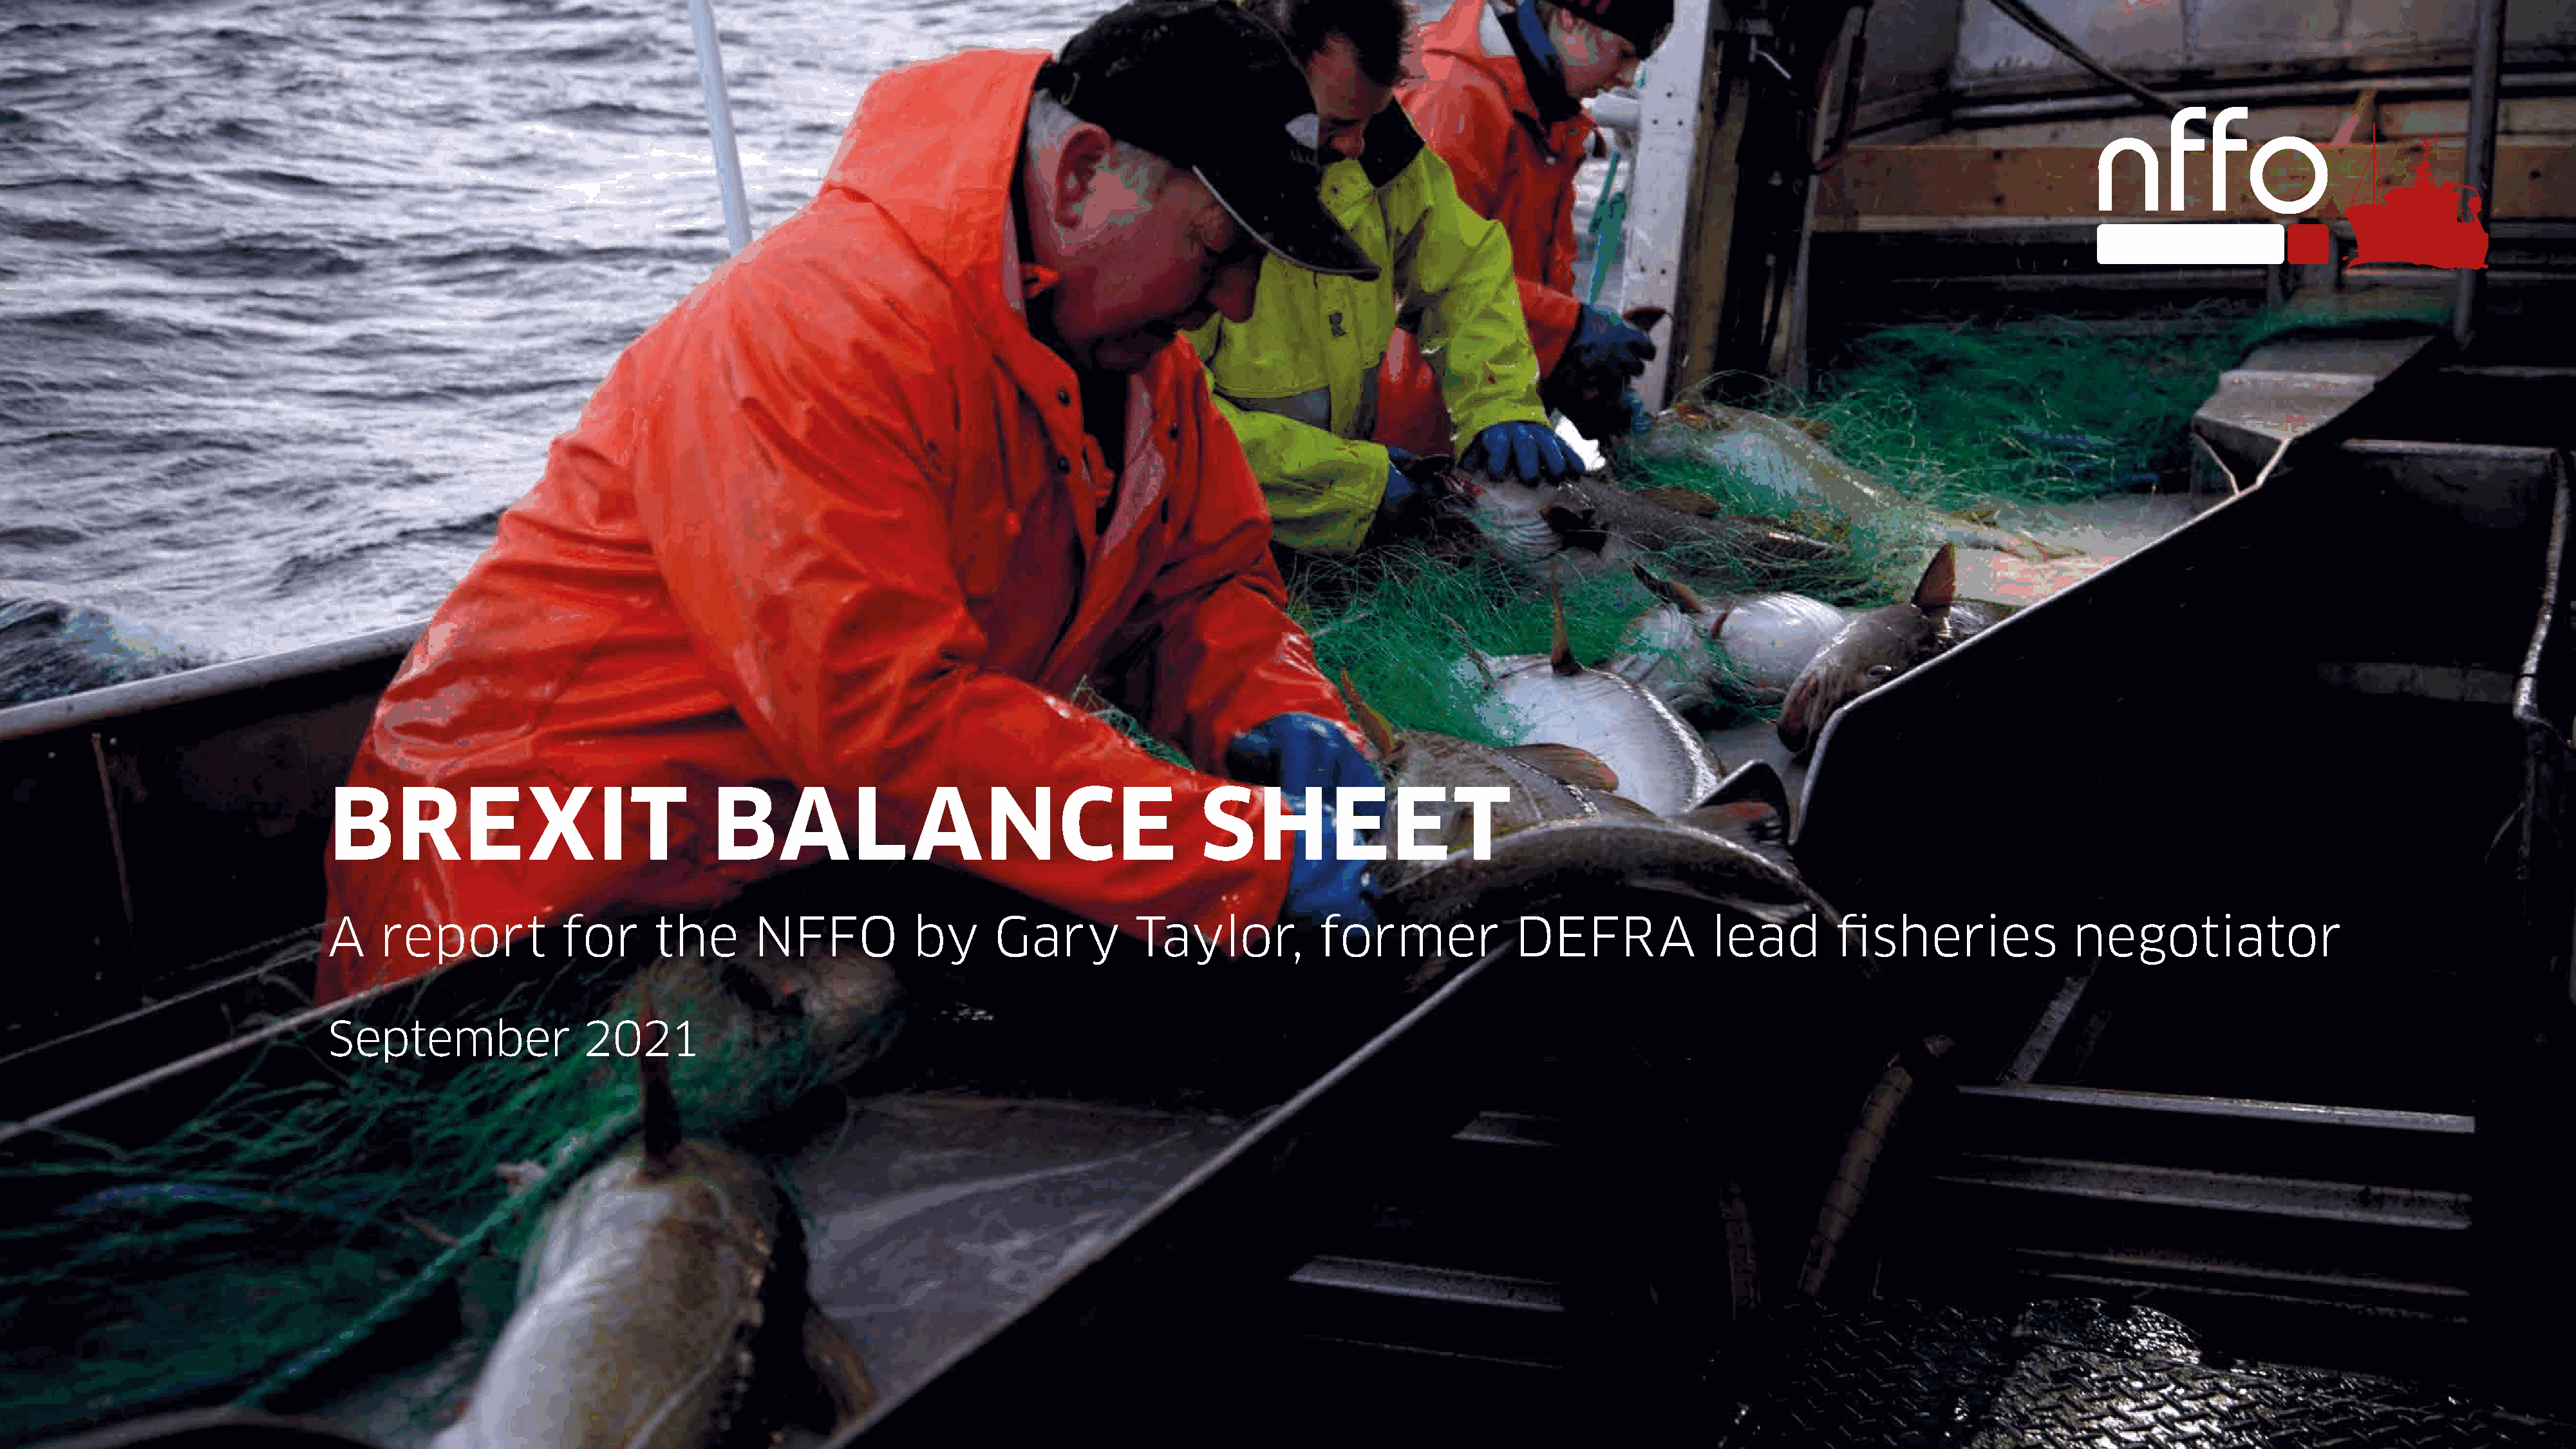
BREXIT                                 BAL                  ANCE                         SHEET
 A    report             for      the       NFFO             by      Gary           Taylor,            former              DEFRA               lead         fisheries               negotiator
 September                 2021
 1
 Brexit balance sheet. A report for the NFFO by Gary Taylor, former DEFRA lead fisheries negotiator